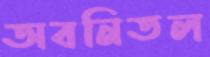
অবনিতল